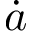
\dot { a }